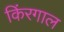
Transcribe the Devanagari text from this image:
किंरगाल